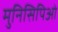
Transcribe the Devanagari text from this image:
मुनिसिपिओ